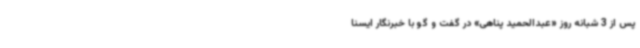
پس از 3 شبانه روز «عبدالحمید پناهی» در گفت و گو با خبرنگار ایسنا